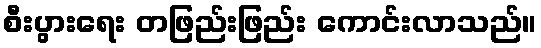
စီးပွားရေး တဖြည်းဖြည်း ကောင်းလာသည်။